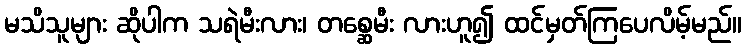
မသိသူများ ဆိုပါက သရဲမီးလား၊ တစ္ဆေမီး လားဟူ၍ ထင်မှတ်ကြပေလိမ့်မည်။